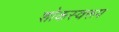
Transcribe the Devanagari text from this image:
शोकस्वरूप